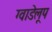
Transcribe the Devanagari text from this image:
ग्वाडेलूप